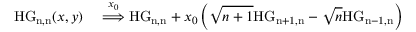
\begin{array} { r l } { \mathrm { H G _ { n , n } } ( x , y ) } & { { } \overset { x _ { 0 } } { \Longrightarrow } \mathrm { H G _ { n , n } } + x _ { 0 } \left( \sqrt { n + 1 } \mathrm { H G _ { n + 1 , n } } - \sqrt { n } \mathrm { H G _ { n - 1 , n } } \right) } \end{array}